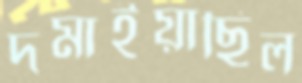
দমাইয়াছিল